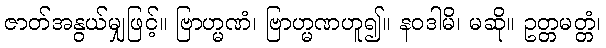
ဇာတ်အနွယ်မျှဖြင့်။ ဗြာဟ္မဏံ၊ ဗြာဟ္မဏဟူ၍။ နဝဒါမိ၊ မဆို။ ဥတ္တမတ္တံ၊